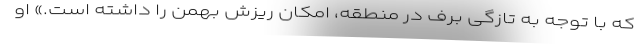
که با توجه به تازگی برف در منطقه، امکان ریزش بهمن را داشته است.» او